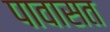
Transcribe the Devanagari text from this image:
पावासत